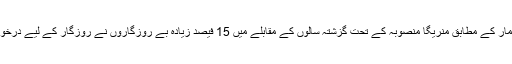
جہاں تک خواتین کے روزگار کی بات ہے، حکومت کے 2016 کے محکمہ محنت یعنی لیبر بیورو کے اعداد و شمار کے مطابق منریگا منصوبہ کے تحت گزشتہ سالوں کے مقابلے میں 15 فیصد زیادہ بے روزگاروں نے روزگار کے لیے درخواست کی جو سست پڑتے شہری صنعتی دنیا اور خشک سالی کے شکار دیہی علاقوں کی حالت کا بے باک آئینہ ہے۔